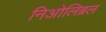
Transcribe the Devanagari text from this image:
निओलिब्रल